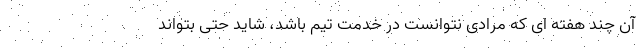
آن چند هفته ای که مرادی نتوانست در خدمت تیم باشد، شاید حتی بتواند